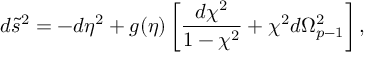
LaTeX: d \tilde { s } ^ { 2 } = - d \eta ^ { 2 } + g ( \eta ) \left[ { \frac { d \chi ^ { 2 } } { 1 - \chi ^ { 2 } } } + \chi ^ { 2 } d \Omega _ { p - 1 } ^ { 2 } \right] ,